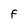
Character: f